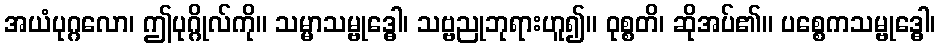
အယံပုဂ္ဂလော၊ ဤပုဂ္ဂိုလ်ကို။ သမ္မာသမ္ဗုဒ္ဓေါ၊ သဗ္ဗညုဘုရားဟူ၍။ ဝုစ္စတိ၊ ဆိုအပ်၏။ ပစ္စေကသမ္ဗုဒ္ဓေါ၊